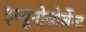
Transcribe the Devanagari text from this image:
इम्यूनोसोर्बेन्ट